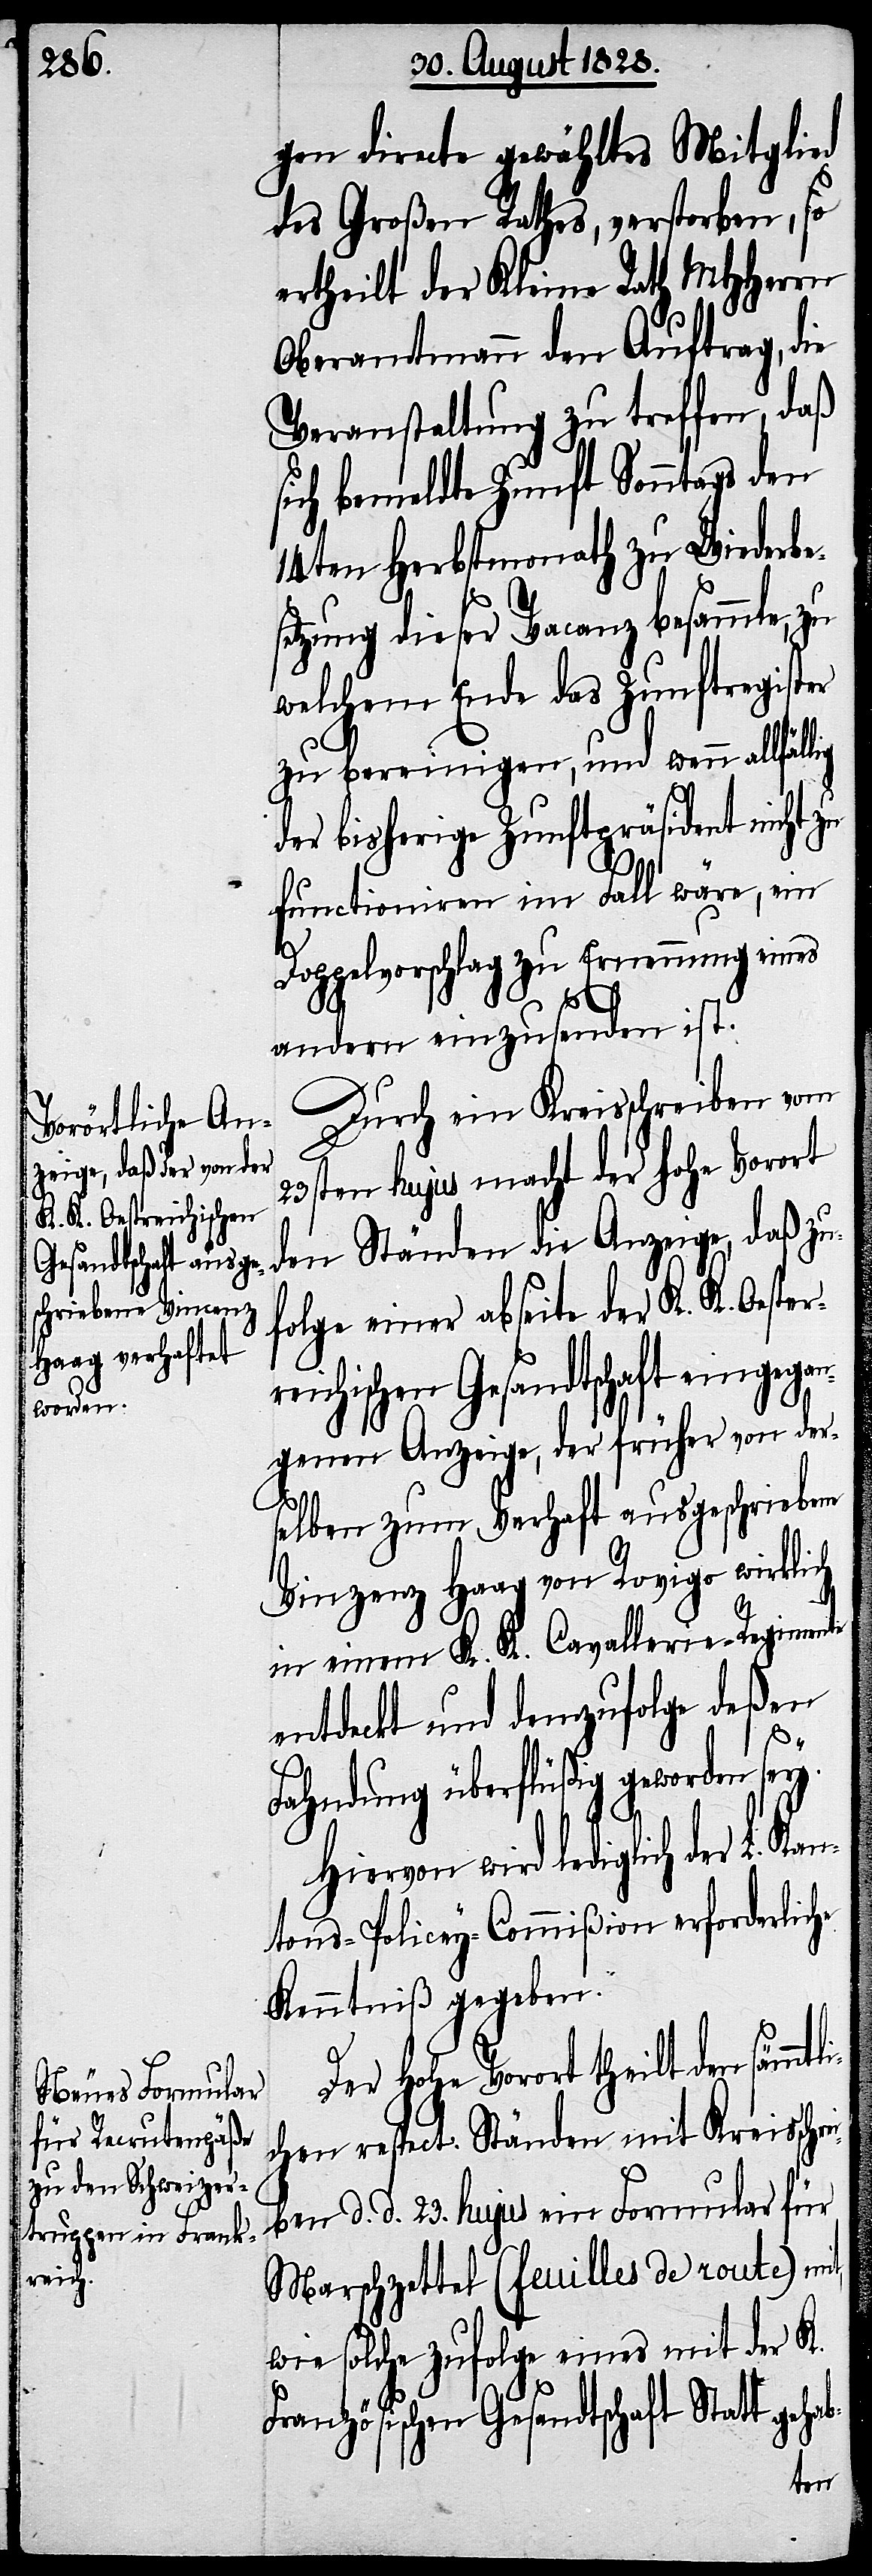
gen directe gewähltes Mitglied
des Großen Rathes, verstorben, so
ertheilt der Kleine Rath MHHerrn
Oberamtmann den Auftrag, die
Veranstaltung zu treffen, daß
sich bemeldte Zunft Sonntags den
14ten Herbstmonath zu Wiederbe¬
etzung dieser Vacanz besammle,
welchem Ende das Zunftregister
zu bereinigen, und wenn allfällig
der bisherige Zunftpräsident nicht zu
r¬
functionieren im Fall wäre, ein
Doppelvorschlag zu Ernennung eines
andern einzusenden ist.
Durch ein Kreisschreiben vom
23sten hujus macht der hohe Vorort
den Ständen die Anzeige, daß zu¬
folge einer abseite der K. K. Oester¬
eichischen Gesandtschaft eingegan¬
gene Anzeige, der früher von der¬
selben zum Verhaft ausgeschriebene
Vinzenz Haag von Rovigo wirklich
in einem K. K. Cavallerie-Regimente
entdeckt und demzufolge deßen
Fahndung überflüßig geworden sey.
Hiervon wird lediglich der L. Ka¬
ntons-Policey-Commißion erforderliche
Kenntniß gegeben.
respect. Ständen mit Kreisschre¬
iben d. d. 23. hujus ein Formular für
Marschzettel (feuilles de route) mit,
wie solche zufolge eines mit der K.
Französischen Gesandtschaft Statt
den